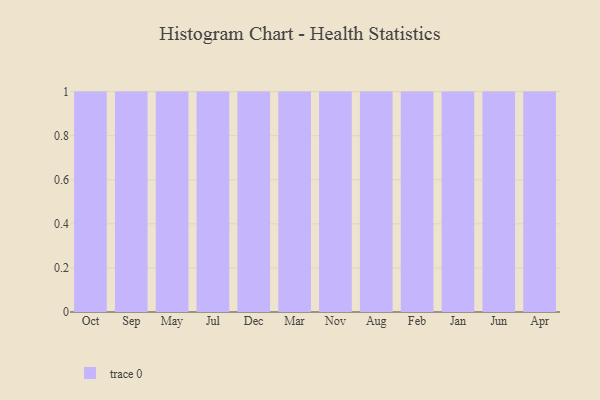
{"axis": {"x": "Month", "y": "Temperature (°C)"}, "legend": [""], "data": [{"x": "Oct", "y": 70, "type": ""}, {"x": "Sep", "y": 3, "type": ""}, {"x": "May", "y": 87, "type": ""}, {"x": "Jul", "y": 86, "type": ""}, {"x": "Dec", "y": 78, "type": ""}, {"x": "Mar", "y": 79, "type": ""}, {"x": "Nov", "y": 51, "type": ""}, {"x": "Aug", "y": 92, "type": ""}, {"x": "Feb", "y": 79, "type": ""}, {"x": "Jan", "y": 89, "type": ""}, {"x": "Jun", "y": 72, "type": ""}, {"x": "Apr", "y": 3, "type": ""}]}